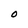
Character: O